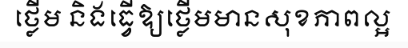
ថ្លើម និងធ្វើឱ្យថ្លើមមានសុខភាពល្អ